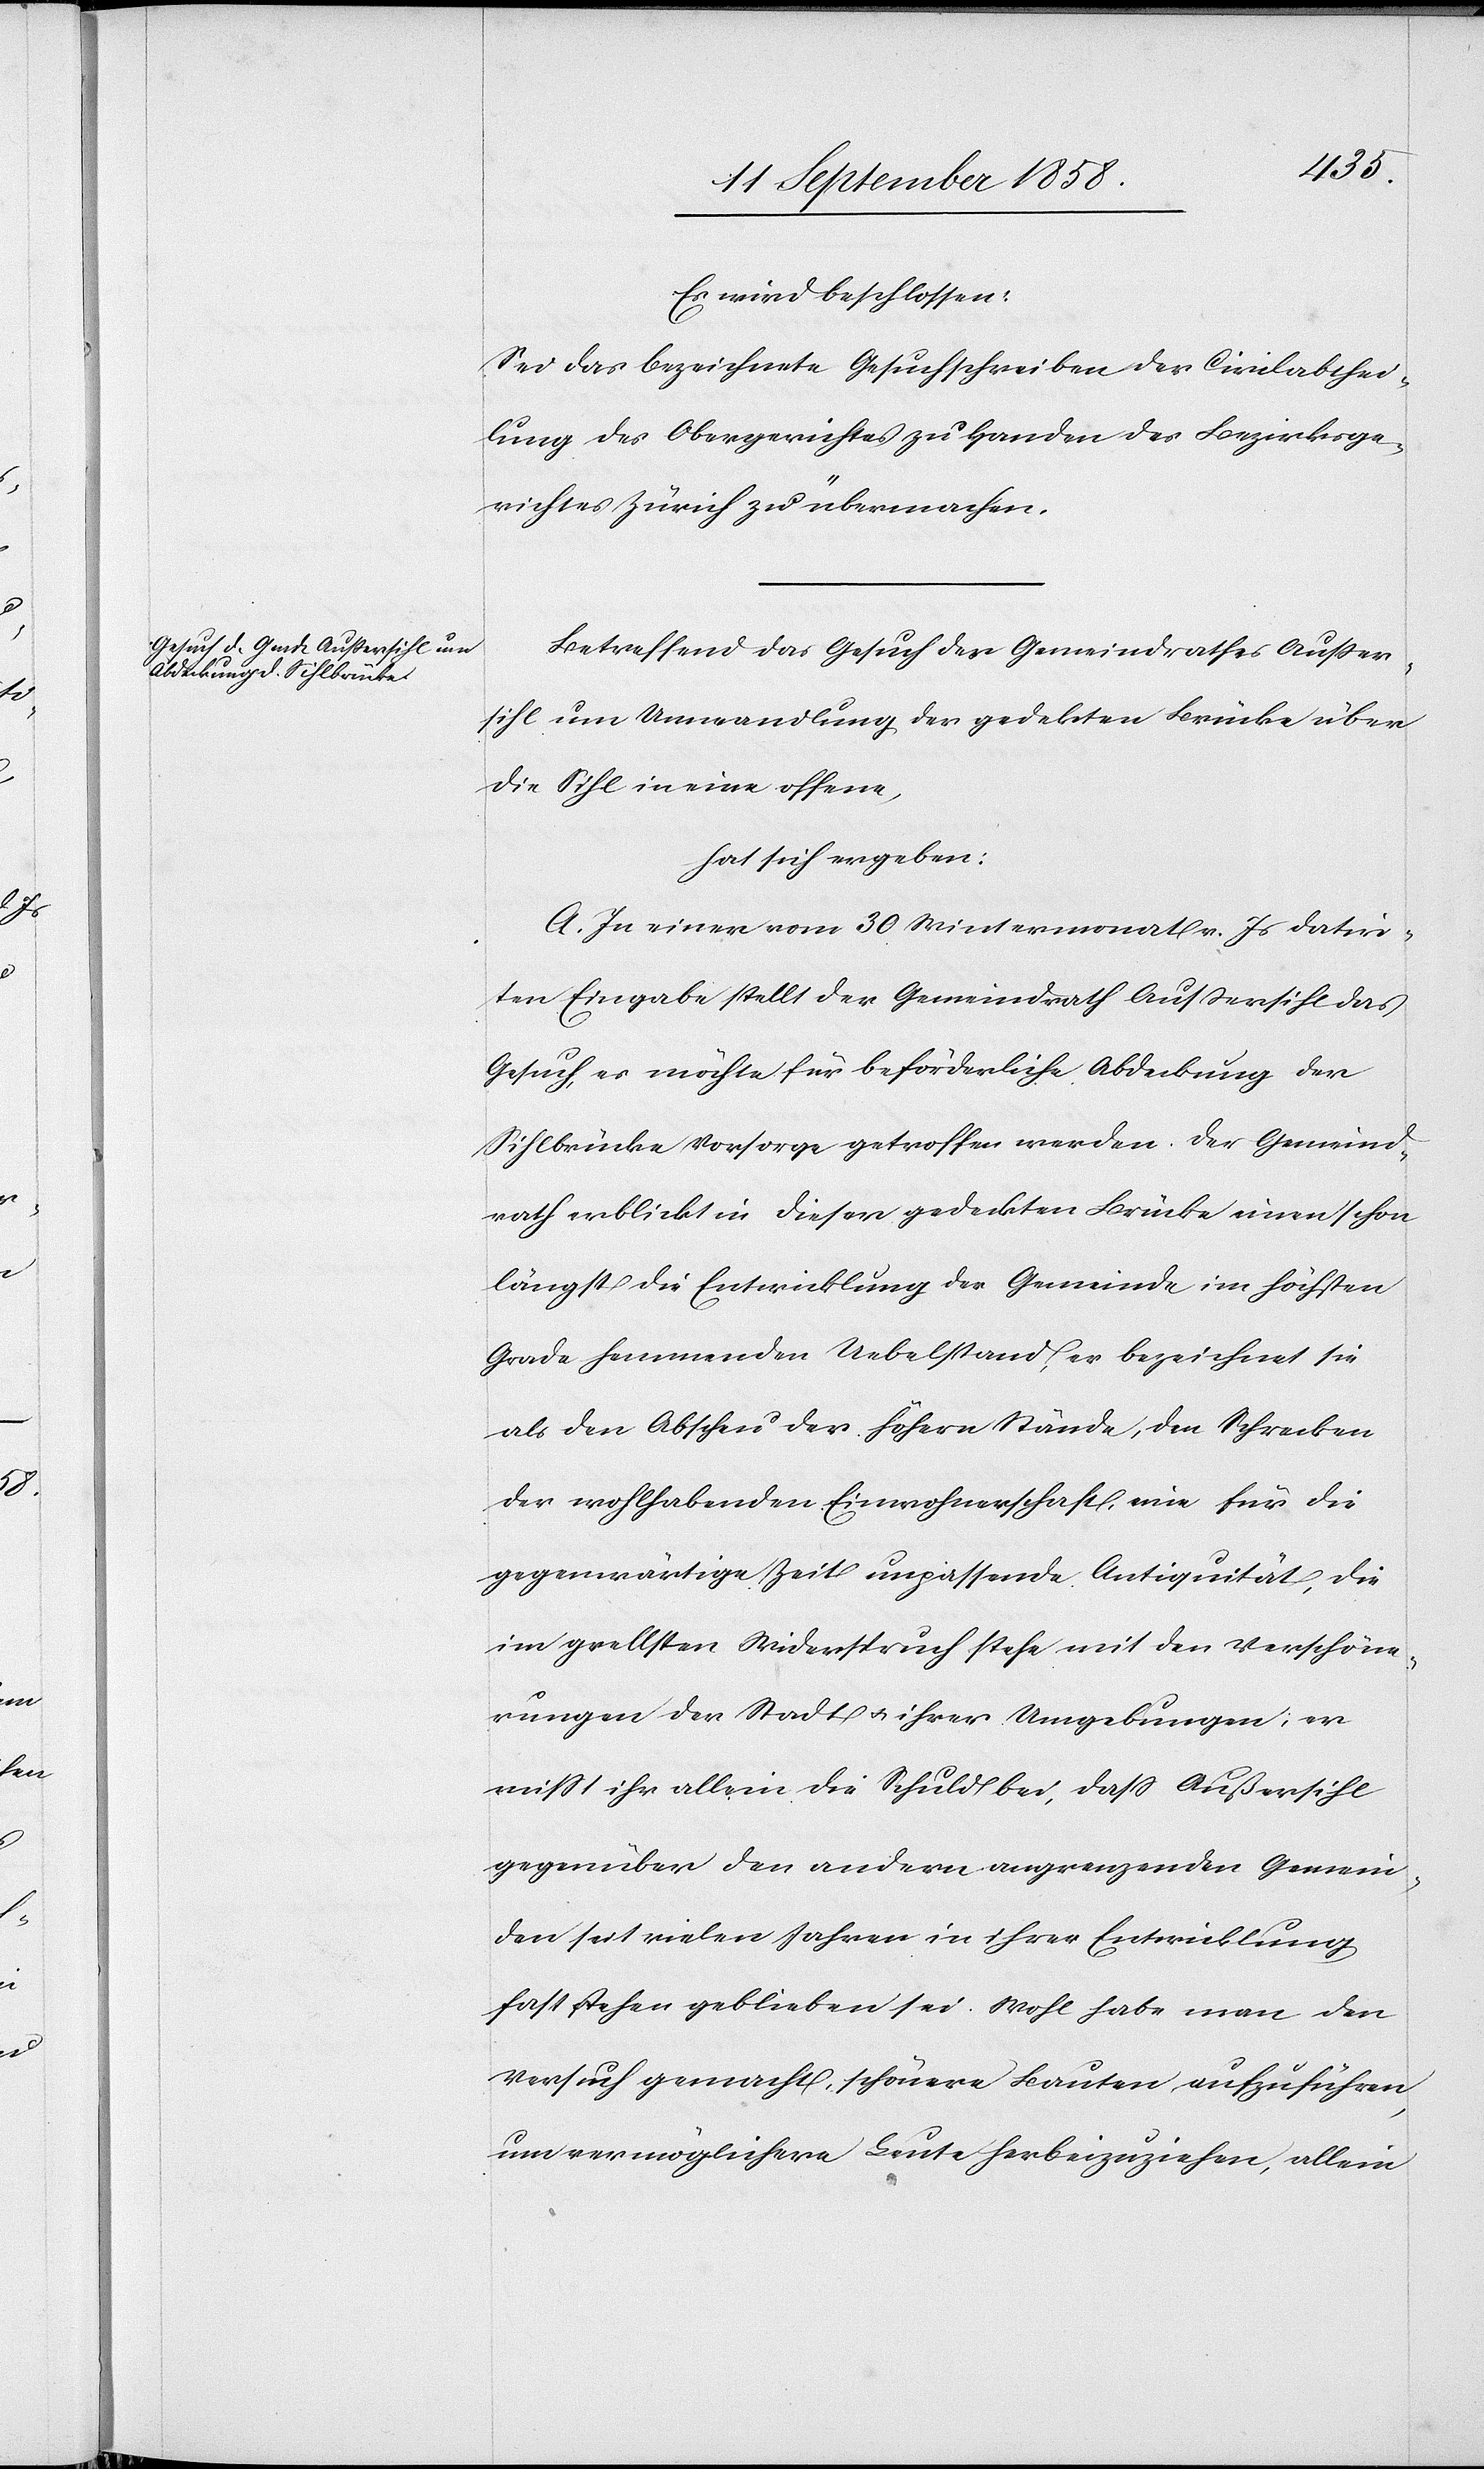
Es wird beschlossen:
Sei das bezeichnete Gesuchschreiben der Civilabthei¬
lung des Obergerichtes zu Handen des Bezirksge¬
richtes Zürich zu übermachen.
Betreffend das Gesuch des Gemeindrathes Außer¬
sihl um Umwandlung der gede[c]kten Brücke über
die Sihl in eine offene,
hat sich ergeben:
A. In einer vom 30 Wintermonat v. Js datir¬
ten Eingabe stellt der Gemeindrath Aussersihl das
Gesuch, es möchte für beförderliche Abdeckung der
Sihlbrücke Vorsorge getroffen werden. Der Gemeind¬
rath erblickt in dieser gedeckten Brücke einen schon
längst die Entwicklung der Gemeinde im höchsten
Grade hemmenden Uebelstand, er bezeichnet sie
als den Abscheu der höhern Stände, den Schrecken
der wohlhabenden Einwohnerschaft, eine für die
gegenwärtige Zeit unpassende Antiquität, die
im grellsten Widerspruch stehe mit den Verschöne¬
rungen der Stadt & ihrer Umgebungen; er
misst ihr allein die Schuld bei, dass Außersihl
gegenüber den andern angrenzenden Gemein¬
den seit vielen Jahren in ihrer Entwicklung
fast stehen geblieben sei. Wohl habe man den
Versuch gemacht, schönere Bauten aufzuführen,
um vermöglichere Leute herbeizuziehen, allein